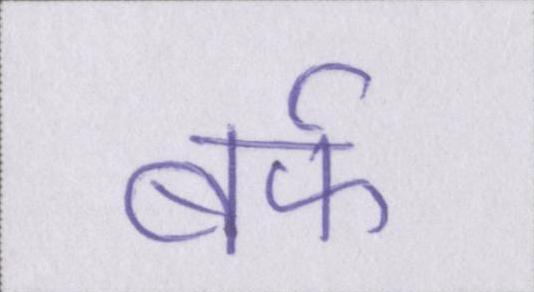
बर्फ